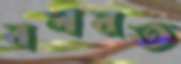
বলবত